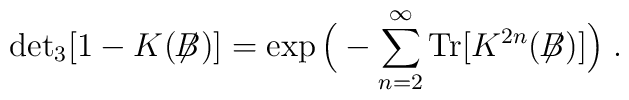
\mbox{det}_3[1-K(\not{\!\!B})] =\exp\Big(-\sum_{n=2}^\infty \mbox{Tr}\big[K^{2n}(\not{\!\!B} )\big] \Big) \; .